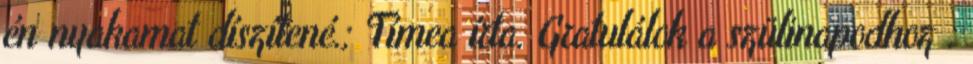
én nyakamat díszítené.; Tímea írta. Gratulálok a szülinapodhoz :